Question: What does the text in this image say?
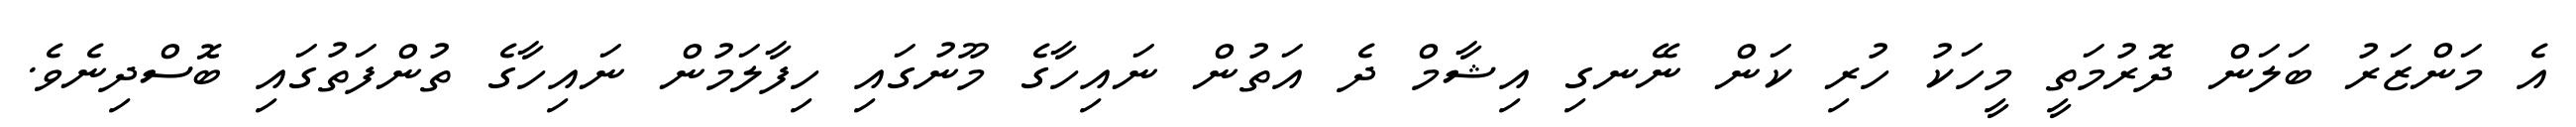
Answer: އެ މަންޒަރު ބަލަން ދޮރުމަތީ މީހަކު ހުރި ކަން ނޭނގި އިޝާމް ދެ އަތުން ނައިހާގެ މޫނުގައި ހިފާލަމުން ނައިހާގެ ތުންފަތުގައި ބޮސްދިނެވެ.